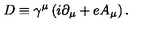
D \equiv \gamma ^ { \mu } \left( i \partial _ { \mu } + e A _ { \mu } \right) .